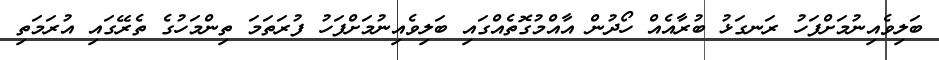
ބަލިވެއިނުމަށްފަހު ރަނގަޅު ބުރާއެއް ހޯދުން އާއްމުގޮތެއްގައި ބަލިވެއިނުމަށްފަހު ފުރަތަމަ ތިންމަހުގެ ތެރޭގައި އުރަމަތި